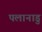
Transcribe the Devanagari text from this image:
पलानाडु